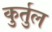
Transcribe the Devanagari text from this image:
कुर्तुल